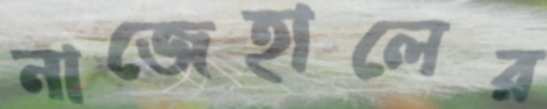
নাজেহালের